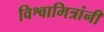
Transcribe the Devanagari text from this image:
विश्वामित्रांनी